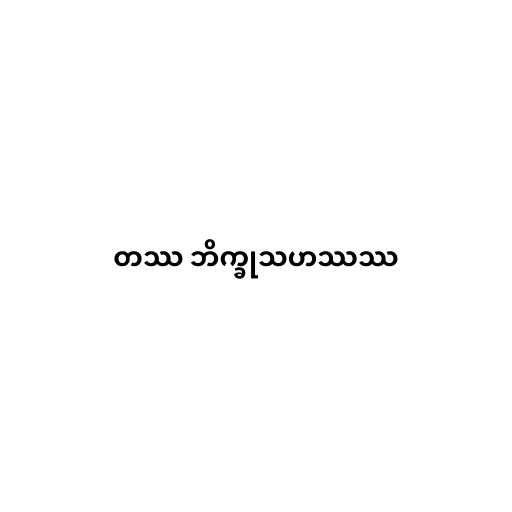
တဿ ဘိက္ခုသဟဿဿ